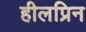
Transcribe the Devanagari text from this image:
हीलप्रिन